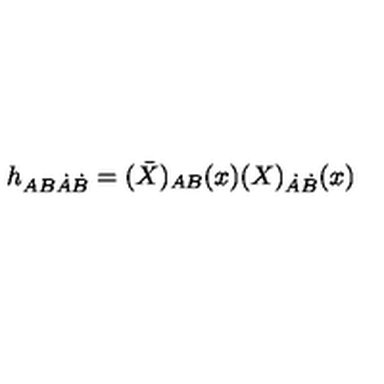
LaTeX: h _ { A B \dot { A } \dot { B } } = ( \bar { X } ) _ { A B } ( x ) ( X ) _ { \dot { A } \dot { B } } ( x )